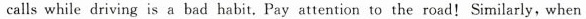
calls while driving is a bad habit, Pay attention to the road!Similarly, when